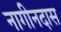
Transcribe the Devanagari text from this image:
नागीनदास